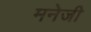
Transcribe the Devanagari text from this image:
मनेजी